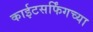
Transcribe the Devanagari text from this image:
काईटसर्फिंगच्या